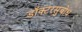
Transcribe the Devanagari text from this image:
डॉक्टरसुबोध